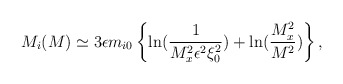
\begin{align*}M_{i}(M)\simeq 3\epsilon m_{i0}\left\{ \ln (\frac{1}{M_{x}^{2}\epsilon^{2}\xi _{0}^{2}})+\ln (\frac{M_{x}^{2}}{M^{2}})\right\} , \end{align*}